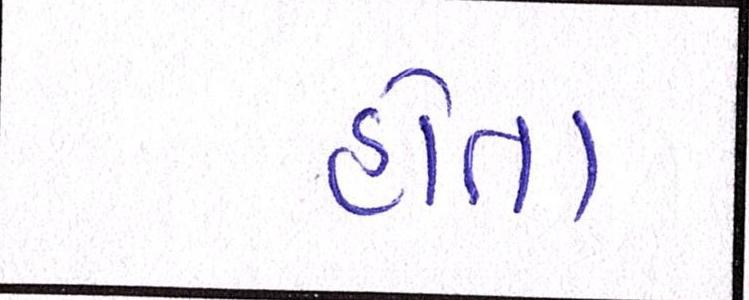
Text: હોતા